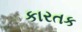
કારતક